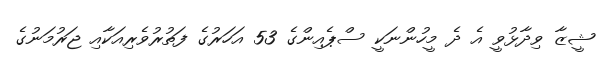
ޝީޒާ ވިދާޅުވީ އެ ދެ މީހުންނަކީ ސްޕެއިންގެ 53 އަހަރުގެ ފަތުރުވެރިއަކާއި ޖަރުމަނުގެ